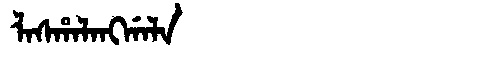
Manchu: ᠯᠠᠰᡥᠠᠯᠠᠩᡤᠠᠯᠠ
Romanization: LASHALANGGALA